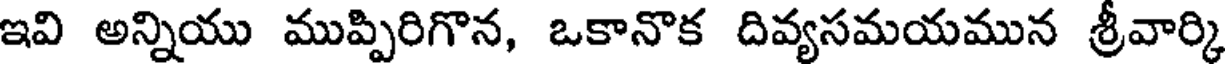
ఇవి అన్నియు ముప్పిరిగొన, ఒకానొక దివ్యసమయమున శ్రీవార్కి